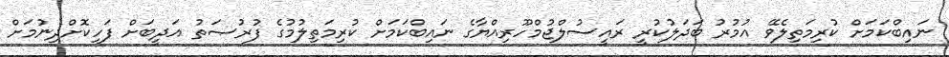
ނައިބްކަމަށް ކުރިމަތިލެވޭ އުމުރު ބަދަލުކުރީ ރައީސުލްޖުމްހޫރިއްޔާގެ ނައިބްކަަމަށް ކުރިމަތިލުމުގެ ފުރުޞަތު އަދީބަށް ފަހިކޮށްދިނުމަށް